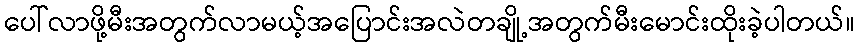
ပေါ်လာဖို့မီးအတွက်လာမယ့်အပြောင်းအလဲတချို့အတွက်မီးမောင်းထိုးခဲ့ပါတယ်။